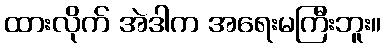
ထားလိုက် အဲဒါက အရေးမကြီးဘူး။